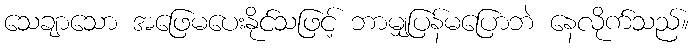
သေချာသော အဖြေမပေးနိုင်သဖြင့် ဘာမျှပြန်မပြောဘဲ နေလိုက်သည်။